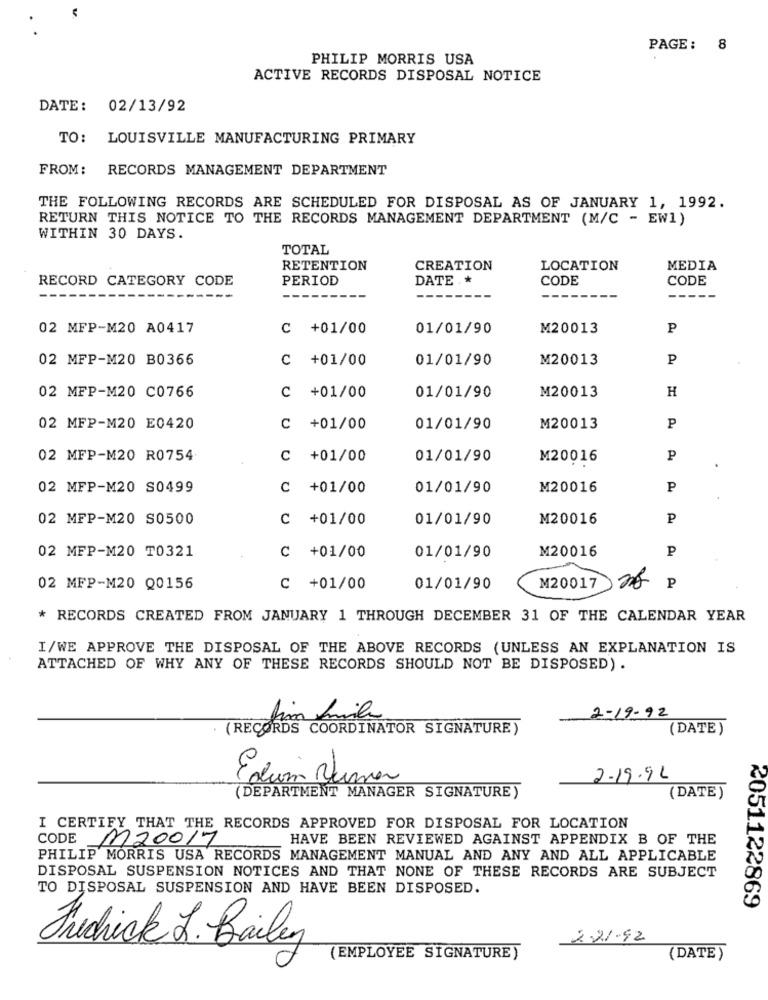
PAGE: 8
PHILIP MORRIS USA
ACTIVE RECORDS DISPOSAL NOTICE
DATE: 02/13/92
TO: LOUISVILLE MANUFACTURING PRIMARY
FROM :
RECORDS MANAGEMENT DEPARTMENT
THE FOLLOWING RECORDS ARE SCHEDULED FOR DISPOSAL AS OF JANUARY 1, 1992.
RETURN THIS NOTICE TO THE RECORDS MANAGEMENT DEPARTMENT (M/C - EW1)
WITHIN 30 DAYS.
TOTAL
RETENTION
CREATION
LOCATION
MEDIA
RECORD CATEGORY CODE
PERIOD
DATE .*
CODE
CODE
------
02 MFP-M20 A0417
C +01/00
01/01/90
M20013
P
02 MFP-M20 B0366
C +01/00
01/01/90
M20013
P
02 MFP-M20 C0766
H
C +01/00
01/01/90
M20013
02 MFP-M20 E0420
C +01/00
01/01/90
M20013
P
02 MFP-M20 R0754
C +01/00
01/01/90
M20016
P
02 MFP-M20 S0499
C +01/00
01/01/90
M20016
P
02 MFP-M20 S0500
C +01/00
01/01/90
M20016
P
02 MFP-M20 T0321
M20016
P
C +01/00
01/01/90
02 MFP-M20 Q0156
C +01/00
01/01/90
M20017
P
* RECORDS CREATED FROM JANUARY 1 THROUGH DECEMBER 31 OF THE CALENDAR YEAR
I/WE APPROVE THE DISPOSAL OF THE ABOVE RECORDS (UNLESS AN EXPLANATION IS
ATTACHED OF WHY ANY OF THESE RECORDS SHOULD NOT BE DISPOSED) .
2-19-92
Jim file
(RECORDS COORDINATOR SIGNATURE)
(DATE)
-
Edim Burner
2-19.92
(DEPARTMENT MANAGER SIGNATURE)
(DATE)
I CERTIFY THAT THE RECORDS APPROVED FOR DISPOSAL FOR LOCATION
CODE M20017
HAVE BEEN REVIEWED AGAINST APPENDIX B OF THE
PHILIP MORRIS USA RECORDS MANAGEMENT MANUAL AND ANY AND ALL APPLICABLE
DISPOSAL SUSPENSION NOTICES AND THAT NONE OF THESE RECORDS ARE SUBJECT
TO DISPOSAL SUSPENSION AND HAVE BEEN DISPOSED.
2051122869
2.21.92
Fredrick L. Bailey
EMPLOYEE SIGNATURE"
(DATE)